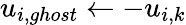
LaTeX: u_{i,ghost}\leftarrow-u_{i,k}